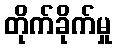
တိုက်ခိုက်မှု